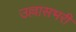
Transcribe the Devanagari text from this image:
उल्लासभरी